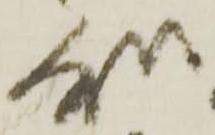
処